King Institute of Preventive Medicine Micro-Biological Section reports 1909-11
Year: 1909
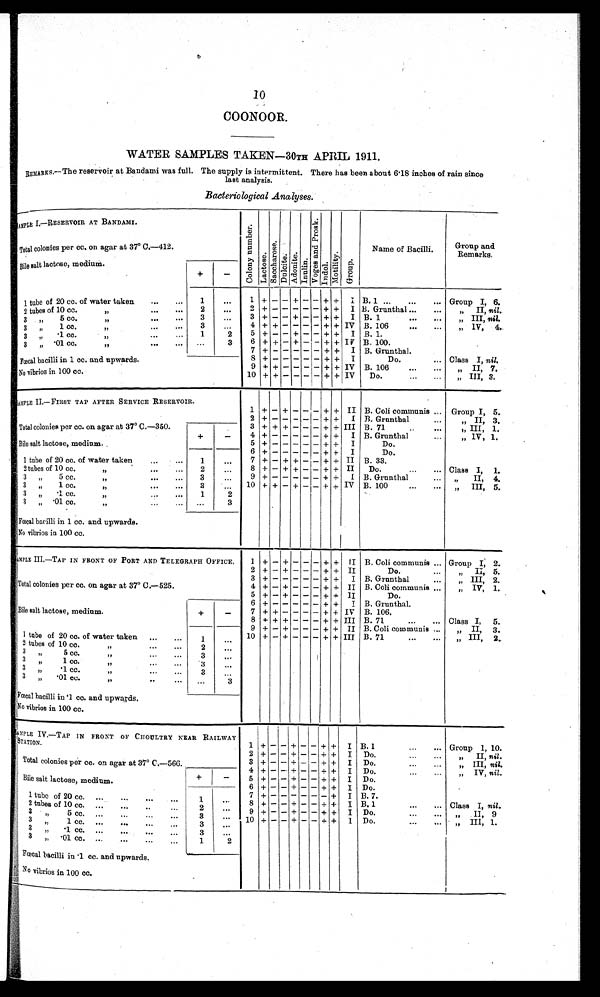
10
COONOOR.
WATER SAMPLES TAKEN—30TH APRIL 1911.
REMARKS.—The reservoir at Bandami was full. The supply is intermittent. There has been about 6.18 inches of rain since
last analysis.
Bacteriological Analyses.
SAMPLE I.—RESERVOIR AT BANDAMI.
C o l o n y n u m b e r . L a c t o s e . S a c c h a r o s e . D u l c i t e . A d o n i t e . I n u l i n . V o g e s a n d P r o s k . Indol.
M o t i l i t y .
G r o u p .
Name of Bacilli.
Group and
Remarks.
Total colonies per cc. on agar at 37° C.—412.
Bile salt lactose, medium.
+
-
1 tube of 20 cc. of water taken
...
... 1
. . .
1 + - - + - - + + I B. 1 ... ... ...
Group I, 6.
2 + - - - - - + + I B. Grunthal...
... „ II, nil.
2 tubes of 10 cc. „ ... ...
2
. . .
3
. . .
3 + - - + - - + + I B. 1
...
... „ III, nil.
3 „ 5 cc.
„ ... ...
4 + + - - - - + + IV B. 106
...
... „ IV, 4.
3
. . .
3 „ 1 cc.
„
...
... 1
2
5 + - - + - - + + I B. 1.
3 „ . 1 c c . „
6 + + - + - - + + IV B. 100.
3 „ .01 cc.
„
...
... . . .
3
7 + - - - - - + + I B. Grunthal.
Fœcal bacilli in 1 cc. and upwards.
8 + - - - - - + + I
Do.
. . . Class I, nil.
9 + + - - - - + + IV B. 106
...
... „ II,7.
No vibrios in 100 cc.
10 + + - - - - + + IV Do.
...
. . . „ III,3.
SAMPLE II.—FIRST TAP AFTER SERVICE RESERVOIR.
1 + - + - - - + +
I I B. Coli communis ... Group I,5.
2 + - - - - - + + I B. Grunthal
... „ II,3.
Total colonies per cc. on agar at 37° C.—350.
+
-
3 + + + - - - + + III B. 71
..
... „ III,1.
4 + - - - - - + + I B. Grunthal
„ I V , 1 .
Bile salt lactose, medium.
5 + - - - - - + + I
Do.
1 tube of 20 cc. of water taken
...
... 1
. . .
6 + - - - - - + + I
Do.
7 + - + + - - + +
I I B. 33.
2tubes of 10 cc.
... ...
...
2
. . .
8 + - + + - - + +
I I Do.
. . .
. . . Class I, 1.
9 + - - - - - + +
I B. Grunthal
... „ II,4.
3 „ 5 cc. „
...
3
. . . 10 + + - + - - +
+ IV B. 100
„ III,5.
3 „ 1 cc. „
...
3
. . .
3 „ .1 cc. „ ... ...
1 2
3 „ .01 cc. „ ...
. . . 3
Fœcal bacilli in 1 cc. and upwards.
No vibrios in 100 cc.
SAMPLE III.—TAP IN FRONT OF PORT AND TELEGRAPH OFFICE. 1 + - + - - - + +
I I B. Coli communis ... Group I,2.
2 + - + - - - + +
I I
Do.
... „ II,5.
Total colonies per cc. on agar at 37° C.—525.
3 + - - - - - + + I B. Grunthal
... „ III, 2.
4 + - + - - - + +
I I B. Coli communis ... „ IV, 1.
5 + - + - - - + +
I I
Do.
Bile salt lactose, medium.
+
-
6 + - - - - - + + I B. Grunthal.
7 + + - - - - + + IV B. 106.
8 + + + - - - + + III B. 71
...
... Class I, 5.
9 + - + - - - + +
I I B. Coli communis ... „ II, 3.
1 tube of 20 cc. of water taken ...
1
. . . 10 + - + - - - + +
I I I B. 71
...
... „ III, 2.
2 tubes of 10 cc.
„ ...
2
. . .
3 „ 5 cc. „
3
. . .
3 „ 1 cc. „
3
. . .
3 „ . 1 c c . „
. . .
. . . 3
. . .
3 „ .01 cc. „
.. ...
. . .
3
Fœcal bacilli in .1 cc. and upwards.
No vibrios in 100 cc.
SAMPLE IV.—TAP IN FRONT OF CHOULTRY NEAR RAILWAY
STATION.
1 + - - + - - + + I B. 1
...
... Group I, 10.
2 + - - + - - + + I Do.
...
„ II, nil.
Total colonies per cc. on agar at 37° C.—566.
3 + - - + - - + + I Do.
...
...
„ I I I ,
n i l
.
4 + - - + - - + + I Do.
... „ IV, nil.
Bile salt lactose, medium.
+
-
5 + - - + - - + + I Do.
6 + - - + - - + + I Do.
1 tube of 20 cc. ...
...
... 1
. . .
7 + - - - - - - + I B 7.
8 + - - + - - + + I B. 1
...
... Class I, nil .
2 tubes of 10 cc. ...
...
2
. . .
9 + - - + - - + + I Do .
. „ II, 9
3 „ 5 cc. ...
...
3
. . . 10 + - - + - - + + I Do.
...
... „ III, 1.
3 „ 1 cc. ...
3
. . .
3 „ .1 cc. ...
...
...
...
3
. . .
3 „ .01 cc. ...
...
1
2
Fœcal bacilli in .1 cc. and upwards.
No vibrios in 100 cc.